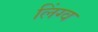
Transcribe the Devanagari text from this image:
लिंग्व